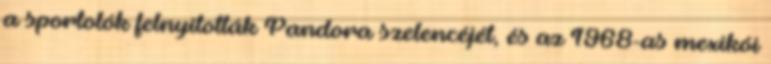
a sportolók felnyitották Pandora szelencéjét, és az 1968-as mexikói